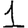
Digit: 1